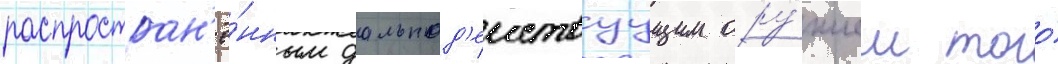
распростран'ё́нным дальнод'еиствуущим ору́жием того́